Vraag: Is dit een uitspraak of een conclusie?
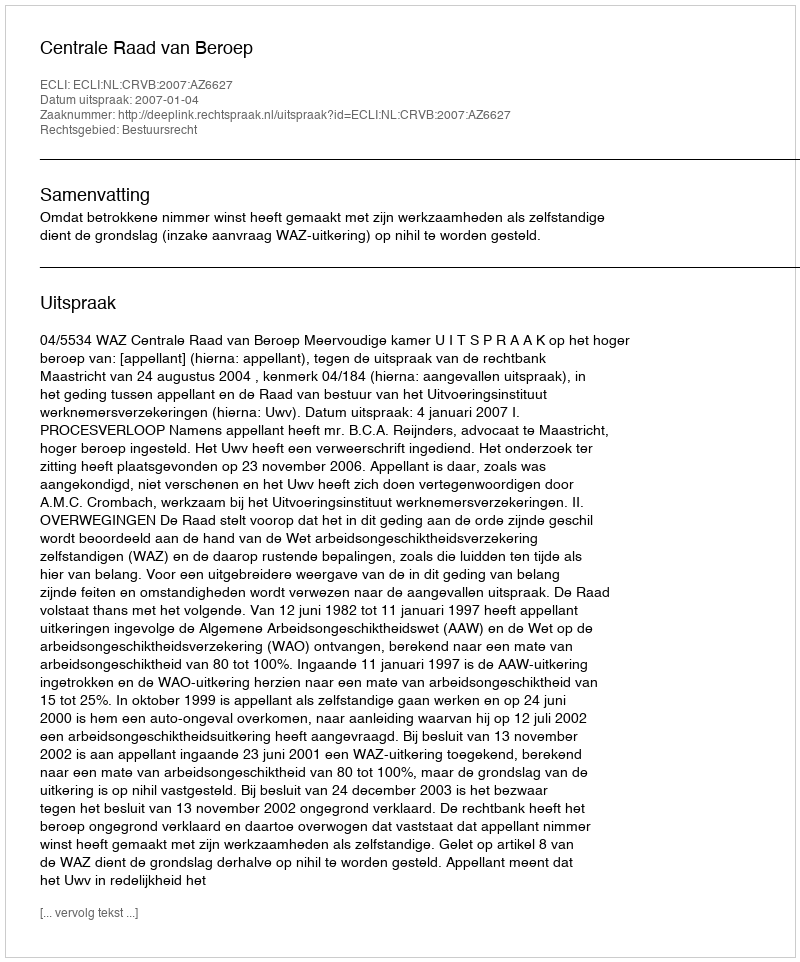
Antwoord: Uitspraak